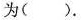
为()。